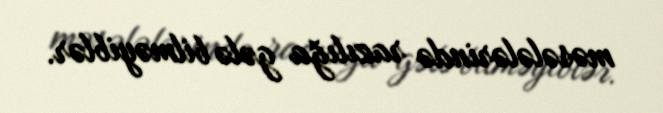
məsələlərində razılığa gələ bilməyiblər.